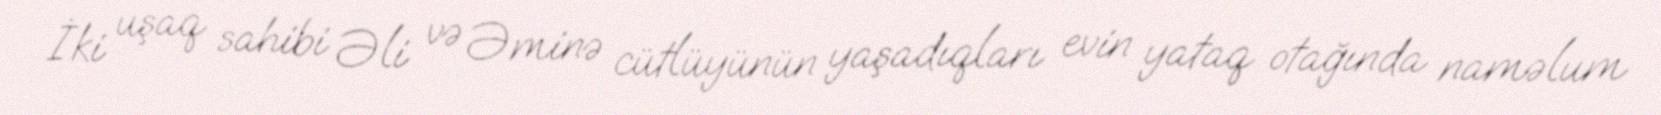
İki uşaq sahibi Əli və Əminə cütlüyünün yaşadıqları evin yataq otağında naməlum